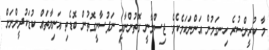
މާ ކުރީންސުރެ ހިނގަމުން އަންނަކަމެކެވެ. ޖިސްމާނީ ގޮތުންނާއި ނަފުސާނީގޮތުން ބޮޑެތި އަނިޔާތައް ކުޑަކުދީންނަށް